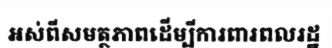
អស់ពីសមត្ថភាពដើម្បីការពារពលរដ្ឋ